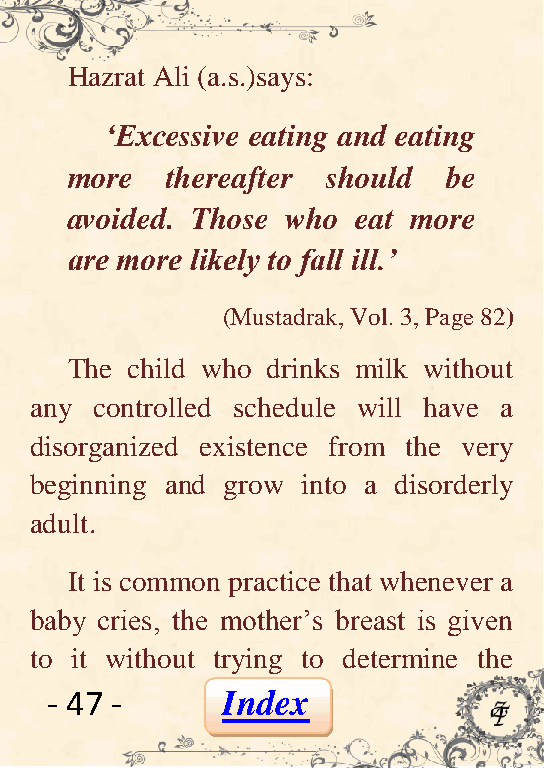
Hazrat Ali (a.s.)says:
 „Excessive eating and eating
 more   thereafter should  be
 avoided. Those who  eat more
 are more likely to fall ill.‟
 (Mustadrak, Vol. 3, Page 82)
 The child who drinks milk without
 any controlled schedule will have a
 disorganized existence from the very
 beginning and grow into a disorderly
 adult.
 It is common practice that whenever a
 baby cries, the mother’s breast is given
 to it without trying to determine the
 - 47 -      Index